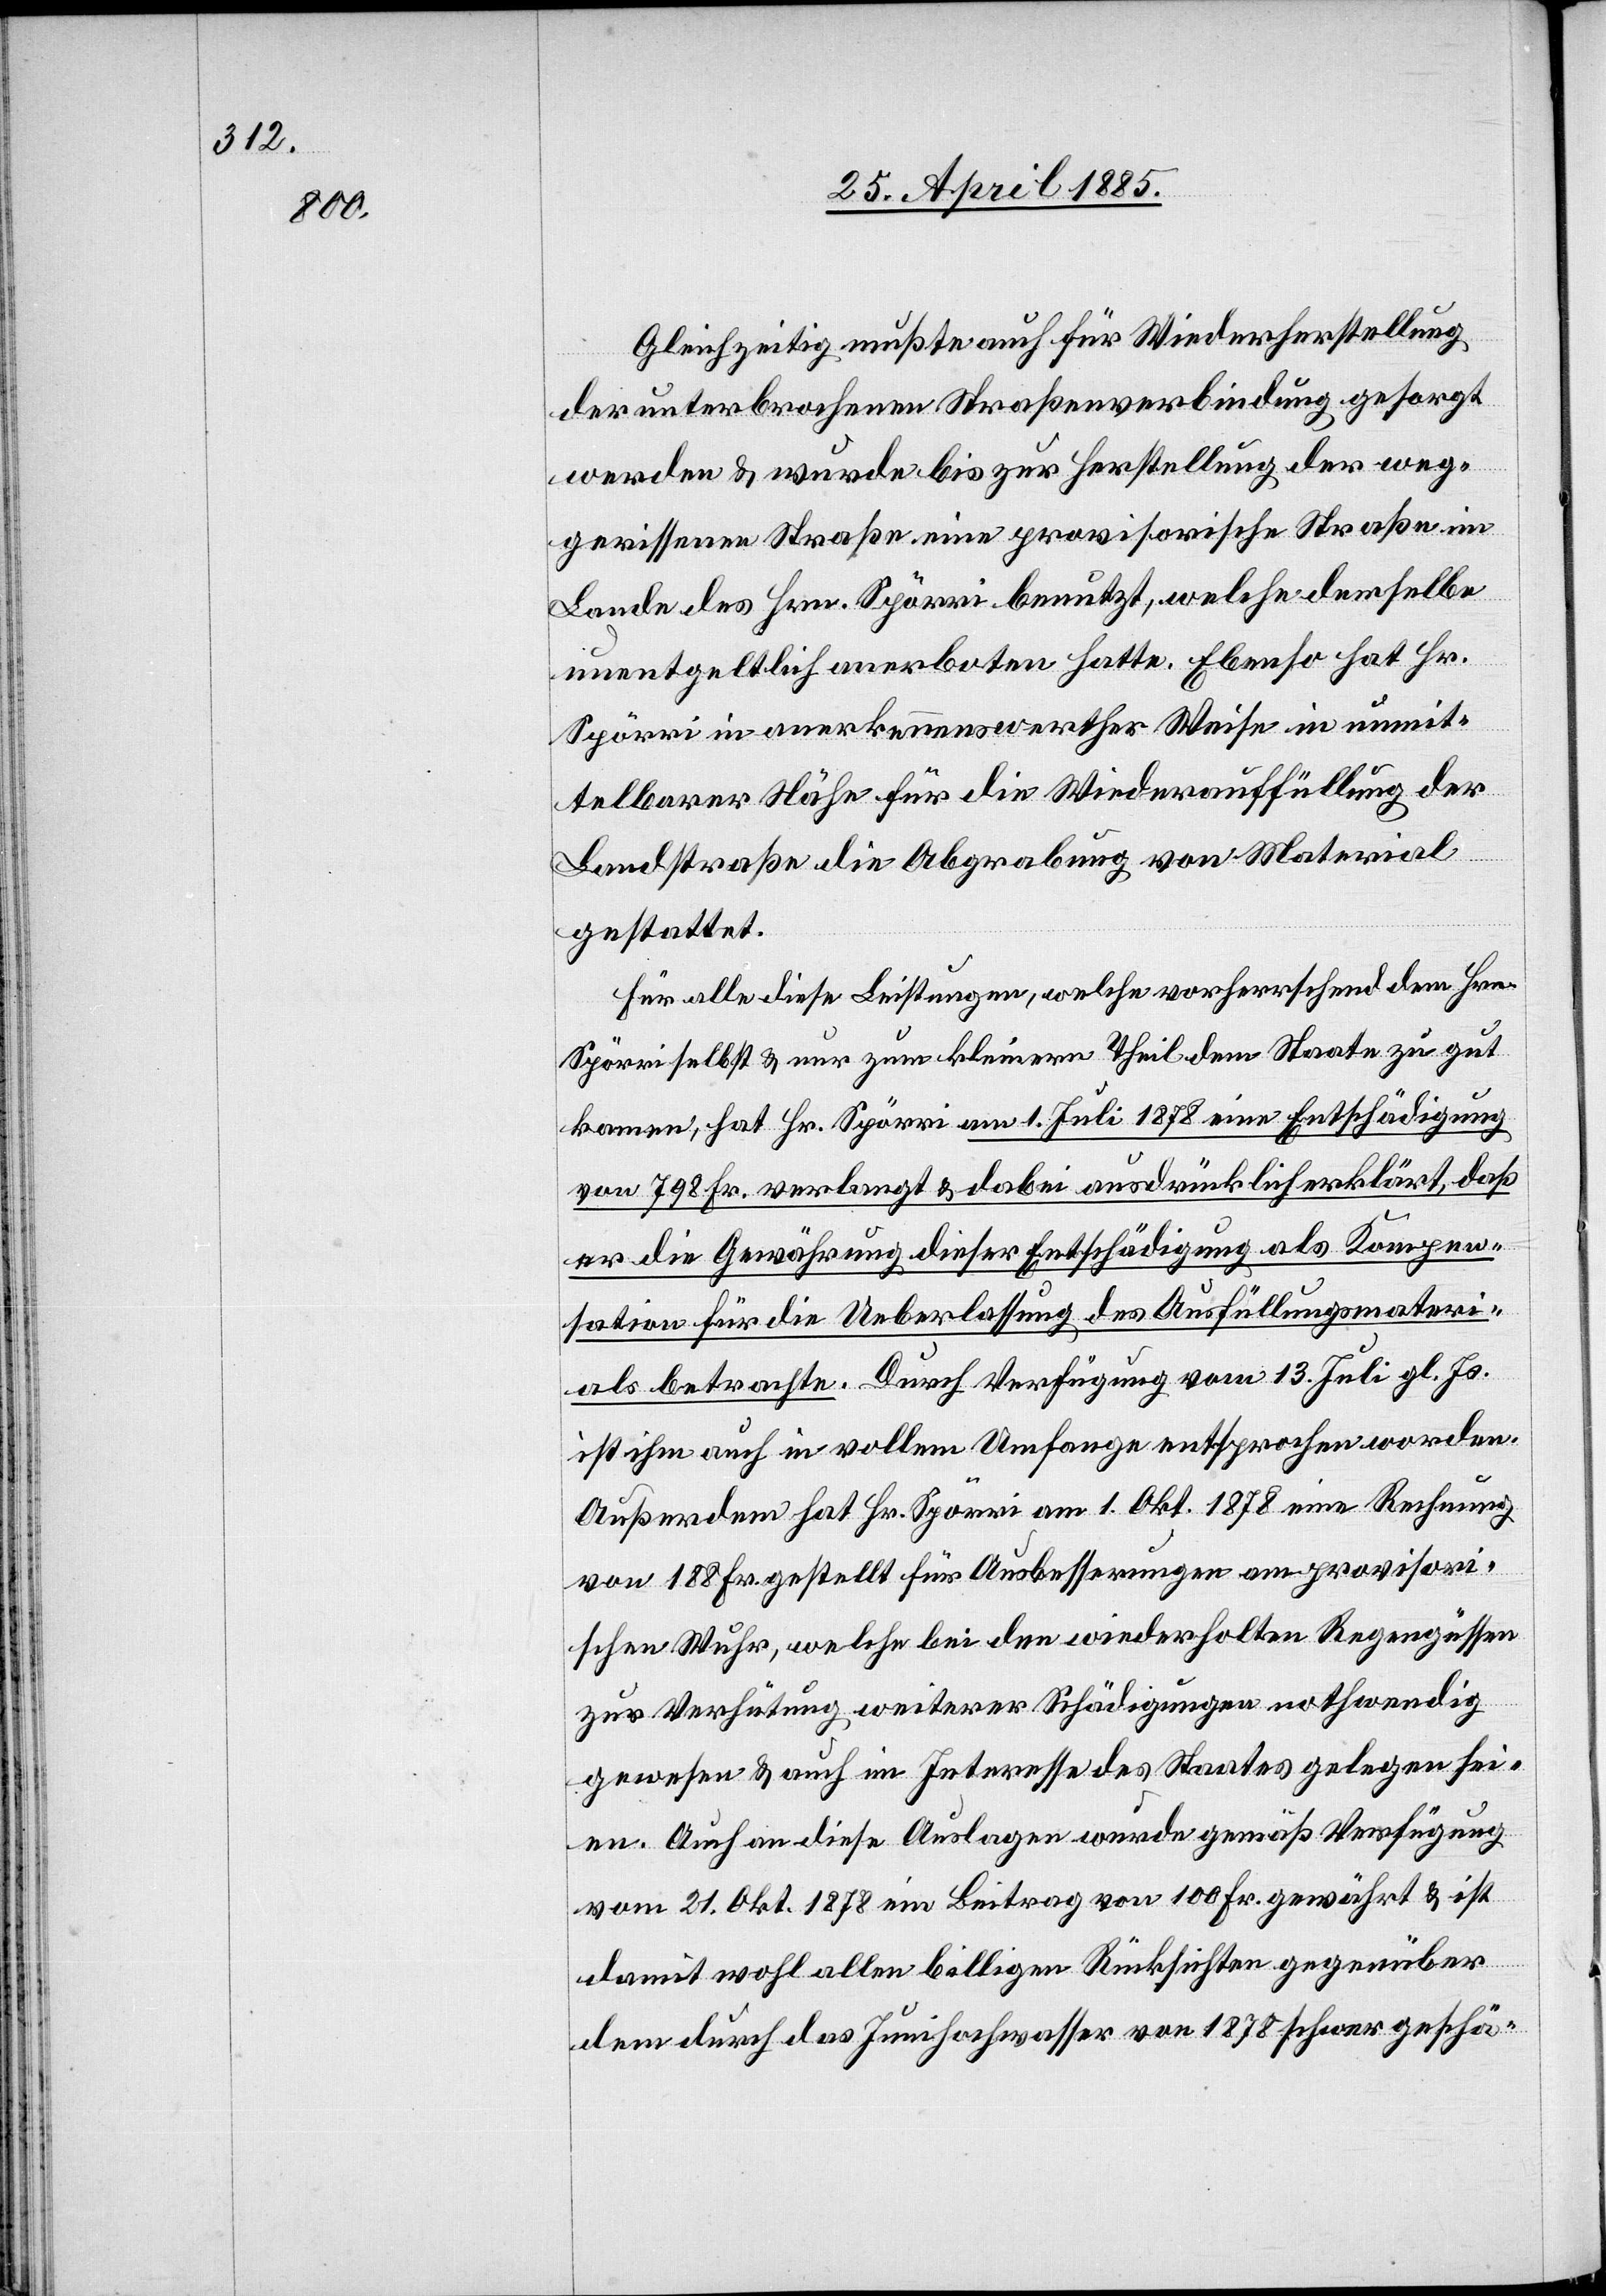
Glechzeitig mußte auch für Wiederherstellung
der unterbrochenen Straßenverbindung gesorgt
werden & wurde bis zur Herstellung der weg¬
gerissenen Straße eine provisorische Straße im
Lande des Hrn. Spörri benutzt, welche derselben
unentgeltlich anerboten hatte. Ebenso hat Hr.
Spörri in anerkennenswerther Weise in unmit¬
telbarer Höhe für die Wiederauffüllung der
Landstraße die Abgrabung von Material
gestattet.
Für alle diese Leistungen, welche vorherrschend dem Hrn.
Spörri selbst & nur zum kleinern Theil dem Staate zu gut
kommen, hat Hr. Spörri am 1. Juli 1878 eine Entschädigung
von 798 Fr. verlangt & dabei ausdrücklich erklärt, daß
er die Gewährung dieser Entschädigung als Kompen¬
sation für die Ueberlassung des Ausfüllungsmateri¬
als betrachte. Durch Verfügung vom 13. Juli gl. Js.
ist ihm auch in vollem Umfange entsprochen worden.
Außerdem hat Hr. Spörri am 1. Okt. 1878 eine Rechnung
von 188 Fr. gestellt für Ausbesserungen am provisori¬
schen Wuhr, welche bei den wiederholten Regengüssen
zur Verhütung weiterer Schädigungen nothwendig
gewesen & auch im Interesse des Staates gelegen sei¬
en. Auch an diese Auslagen wurde gemäß Verfügung
vom 21. Okt. 1878 ein Beitrag von 100 Fr. gewährt & ist
damit wohl allen billigen Rücksichten gegenüber
dem durch das Junihochwasser von 1878 schwer geschä-